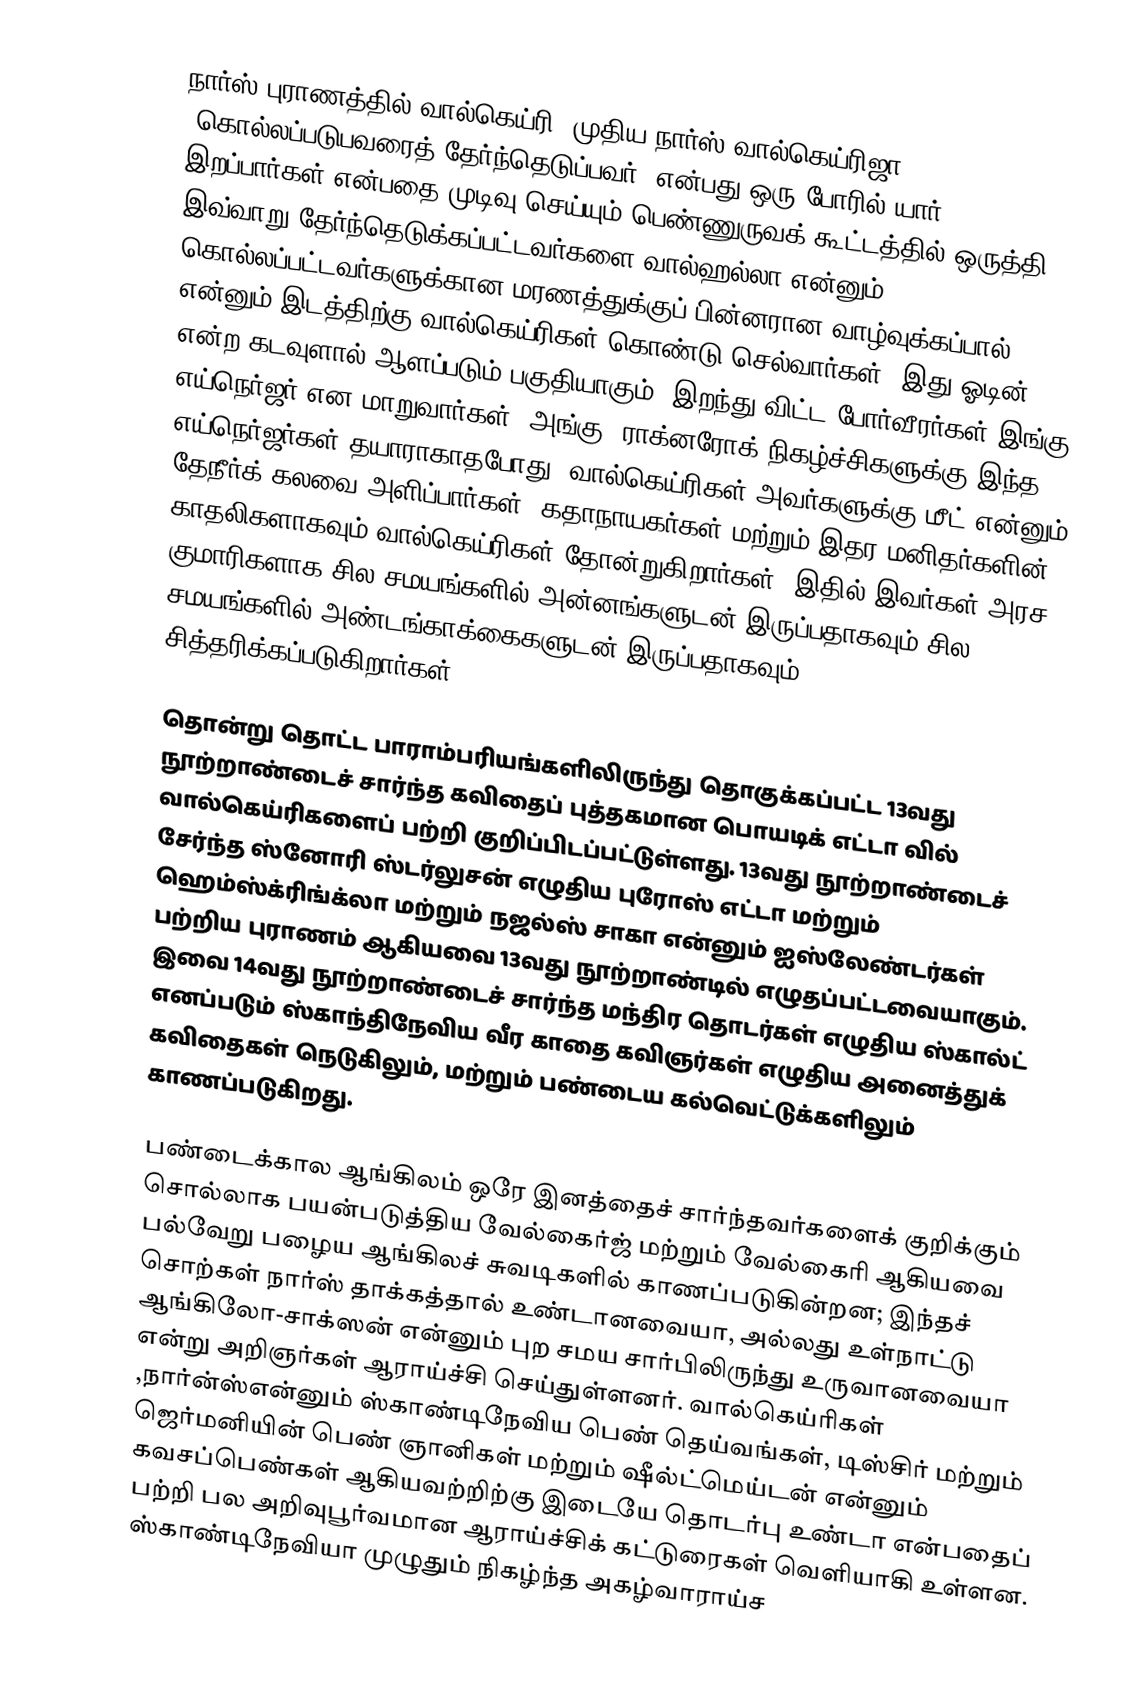
நார்ஸ் புராணத்தில் வால்கெய்ரி  (முதிய நார்ஸ் வால்கெய்ரிஜா  "கொல்லப்படுபவரைத் தேர்ந்தெடுப்பவர்")என்பது ஒரு போரில் யார் இறப்பார்கள் என்பதை முடிவு செய்யும் பெண்ணுருவக் கூட்டத்தில் ஒருத்தி. இவ்வாறு தேர்ந்தெடுக்கப்பட்டவர்களை வால்ஹல்லா என்னும் கொல்லப்பட்டவர்களுக்கான மரணத்துக்குப் பின்னரான வாழ்வுக்கப்பால் என்னும் இடத்திற்கு வால்கெய்ரிகள் கொண்டு செல்வார்கள். இது ஓடின் என்ற கடவுளால் ஆளப்படும் பகுதியாகும். இறந்து விட்ட போர்வீரர்கள் இங்கு எய்நெர்ஜர் என மாறுவார்கள்.  அங்கு, ராக்னரோக் நிகழ்ச்சிகளுக்கு இந்த எய்நெர்ஜர்கள் தயாராகாதபோது, வால்கெய்ரிகள் அவர்களுக்கு மீட் என்னும் தேநீர்க் கலவை அளிப்பார்கள். கதாநாயகர்கள் மற்றும் இதர மனிதர்களின் காதலிகளாகவும் வால்கெய்ரிகள் தோன்றுகிறார்கள். இதில் இவர்கள் அரச குமாரிகளாக சில சமயங்களில் அன்னங்களுடன் இருப்பதாகவும் சில சமயங்களில் அண்டங்காக்கைகளுடன் இருப்பதாகவும் சித்தரிக்கப்படுகிறார்கள்.

தொன்று தொட்ட பாராம்பரியங்களிலிருந்து தொகுக்கப்பட்ட 13வது நூற்றாண்டைச் சார்ந்த கவிதைப் புத்தகமான பொயடிக் எட்டா வில் வால்கெய்ரிகளைப் பற்றி குறிப்பிடப்பட்டுள்ளது. 13வது நூற்றாண்டைச் சேர்ந்த  ஸ்னோரி ஸ்டர்லுசன் எழுதிய புரோஸ் எட்டா  மற்றும் ஹெம்ஸ்க்ரிங்க்லா  மற்றும் நஜல்ஸ் சாகா  என்னும் ஐஸ்லேண்டர்கள் பற்றிய புராணம் ஆகியவை 13வது நூற்றாண்டில் எழுதப்பட்டவையாகும். இவை 14வது நூற்றாண்டைச் சார்ந்த மந்திர தொடர்கள் எழுதிய ஸ்கால்ட் எனப்படும் ஸ்காந்திநேவிய வீர காதை கவிஞர்கள் எழுதிய அனைத்துக் கவிதைகள் நெடுகிலும், மற்றும் பண்டைய கல்வெட்டுக்களிலும் காணப்படுகிறது.

பண்டைக்கால ஆங்கிலம் ஒரே இனத்தைச் சார்ந்தவர்களைக் குறிக்கும் சொல்லாக பயன்படுத்திய வேல்கைர்ஜ்   மற்றும் வேல்கைரி   ஆகியவை பல்வேறு பழைய ஆங்கிலச் சுவடிகளில் காணப்படுகின்றன; இந்தச் சொற்கள் நார்ஸ் தாக்கத்தால் உண்டானவையா, அல்லது உள்நாட்டு ஆங்கிலோ-சாக்ஸன் என்னும் புற சமய சார்பிலிருந்து உருவானவையா என்று அறிஞர்கள் ஆராய்ச்சி செய்துள்ளனர். வால்கெய்ரிகள் ,நார்ன்ஸ்என்னும் ஸ்காண்டிநேவிய பெண் தெய்வங்கள், டிஸ்சிர் மற்றும் ஜெர்மனியின் பெண் ஞானிகள் மற்றும் ஷீல்ட்மெய்டன் என்னும் கவசப்பெண்கள் ஆகியவற்றிற்கு இடையே தொடர்பு உண்டா என்பதைப் பற்றி பல அறிவுபூர்வமான ஆராய்ச்சிக் கட்டுரைகள் வெளியாகி உள்ளன.  ஸ்காண்டிநேவியா முழுதும் நிகழ்ந்த அகழ்வாராய்ச